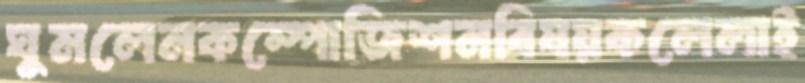
ঘুমলেনকম্পোজিশনবিষয়কলেলাই